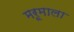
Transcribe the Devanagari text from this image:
मरूमाला